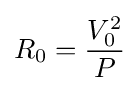
R_{0}={\frac {V_{0}^{2}}{P}}